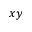
x y